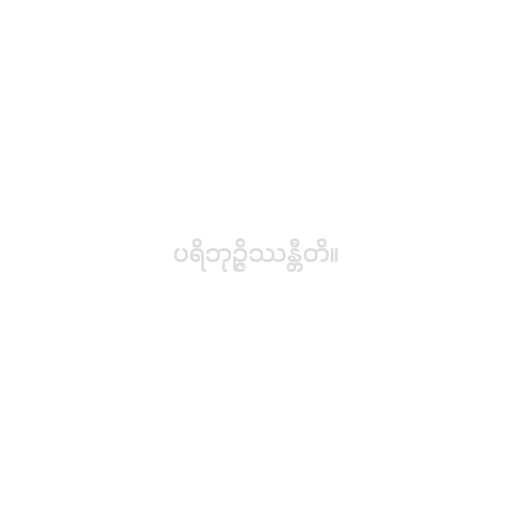
ပရိဘုဉ္ဇိဿန္တီတိ။